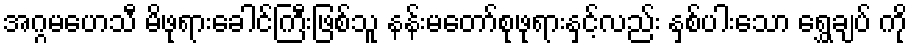
အဂ္ဂမဟေသီ မိဖုရားခေါင်ကြီးဖြစ်သူ နန်းမတော်စုဖုရားနှင့်လည်း နှစ်ပါးသော ရွှေချပ် ကို